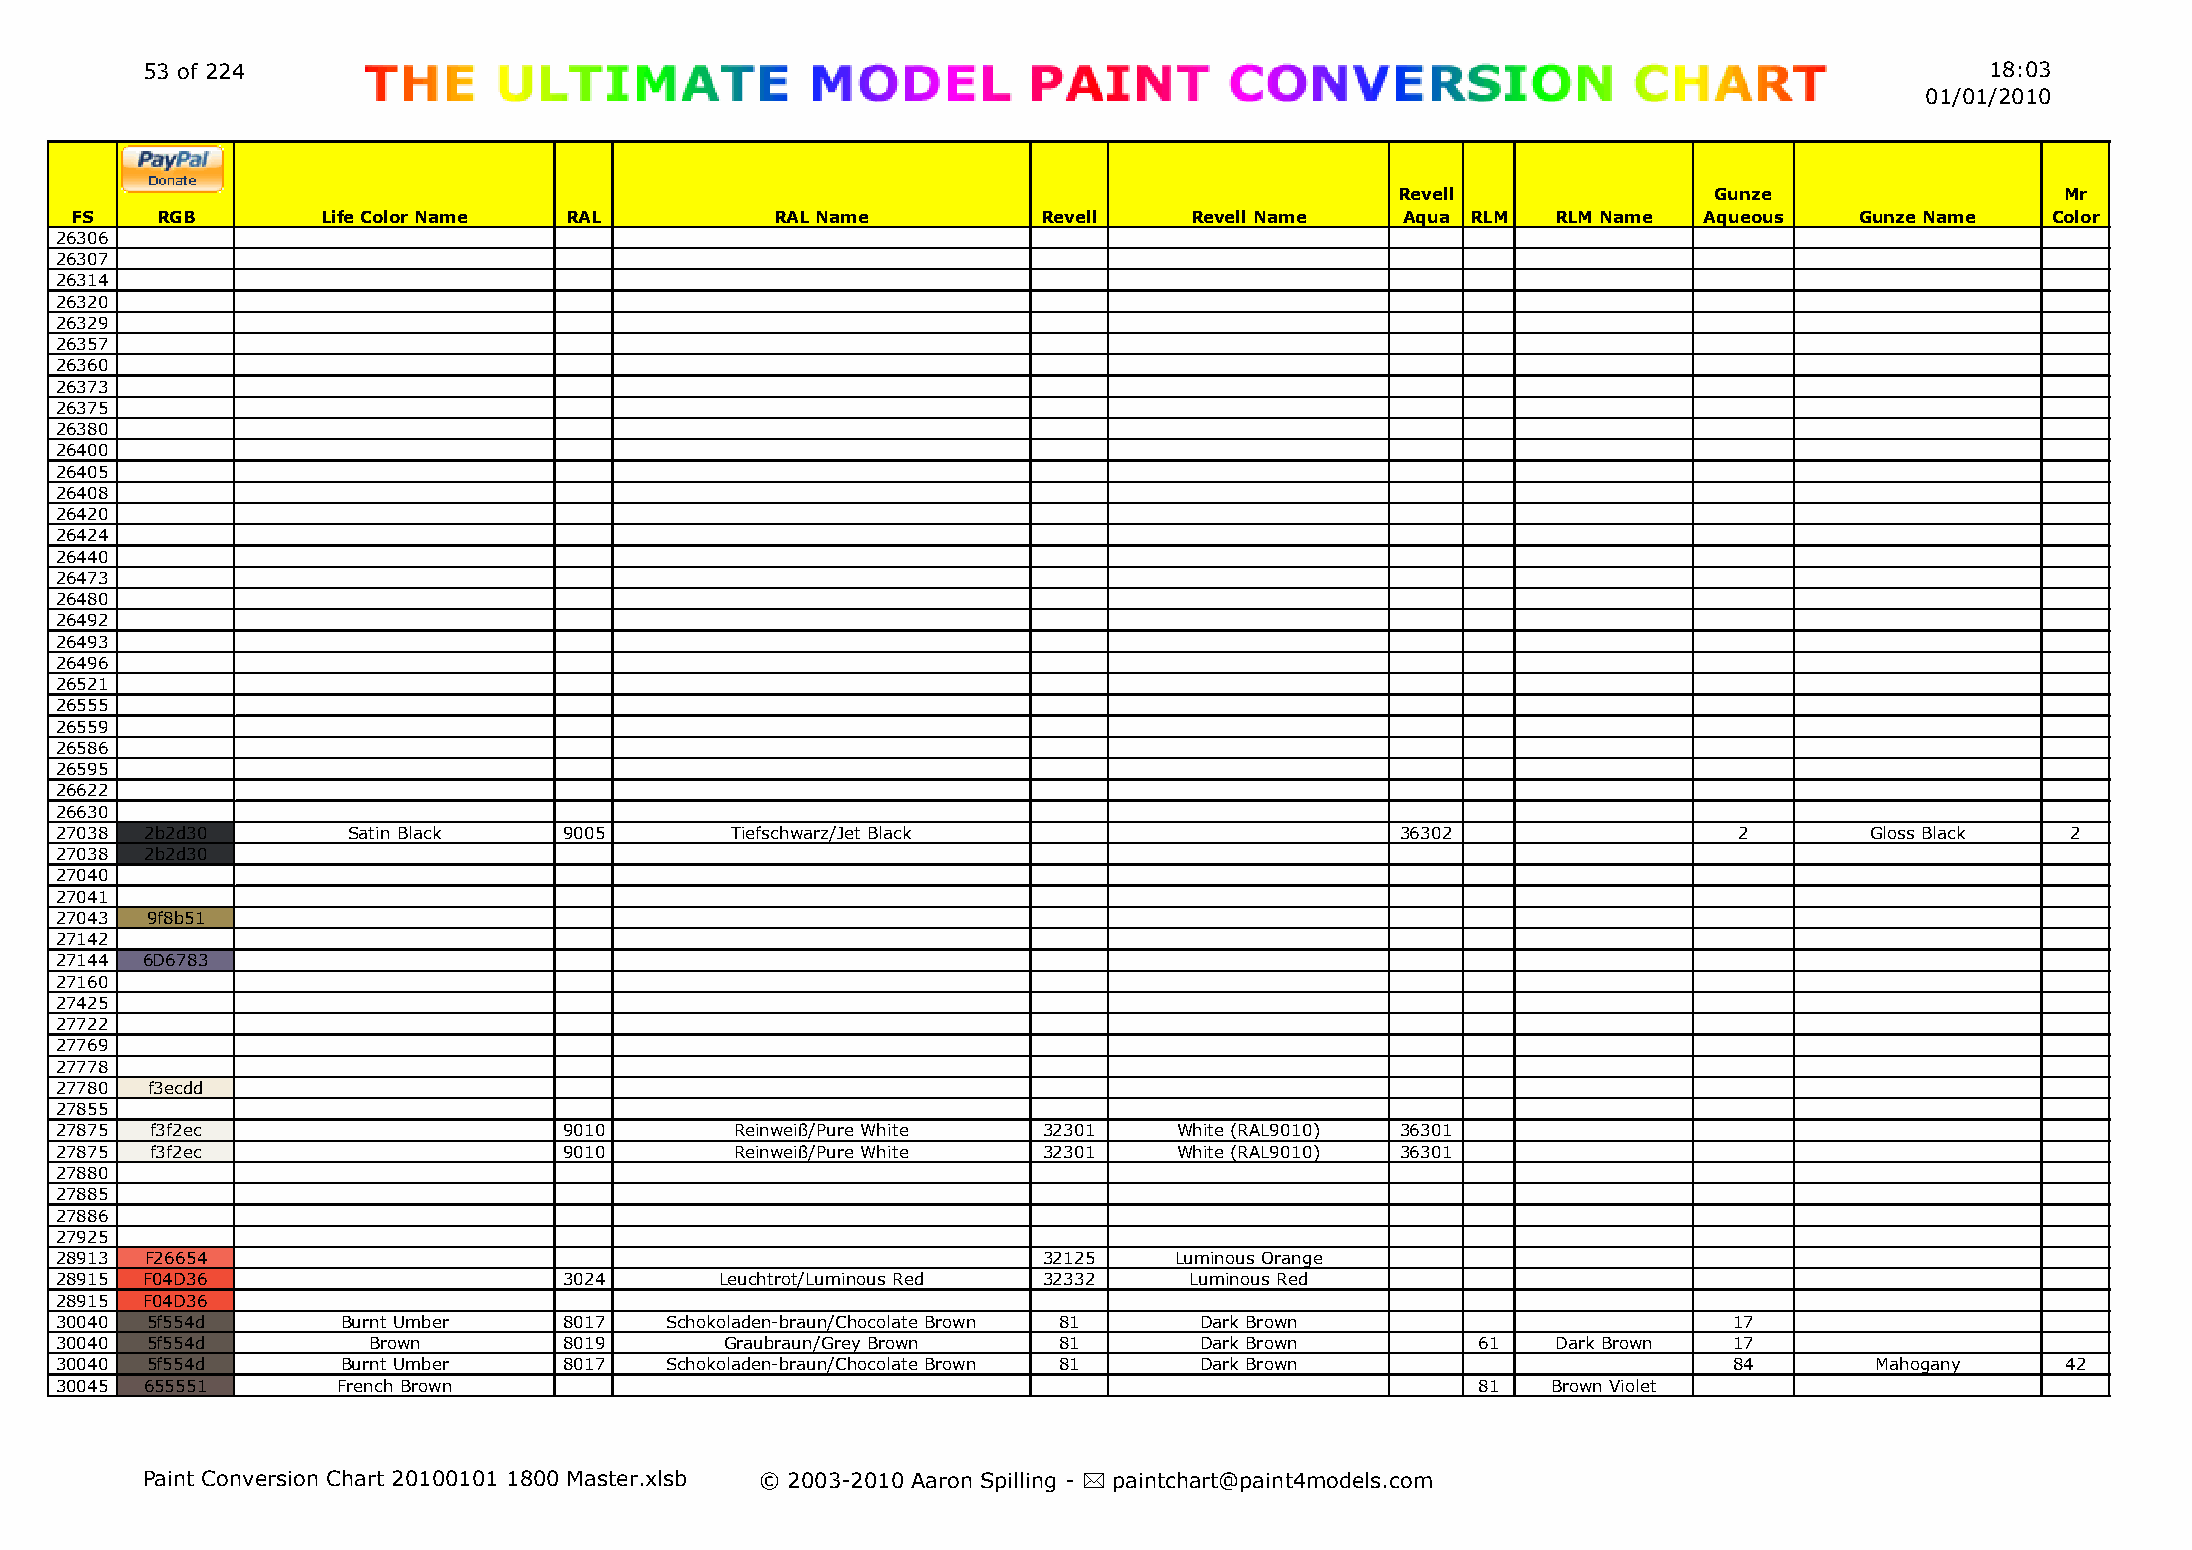
53 of 224                                                                                                                  18:03
 01/01/2010
 Revell              Gunze                   Mr
 FS   RGB        Life Color Name RAL           RAL Name          Revell    Revell Name   Aqua RLM  RLM Name  Aqueous   Gunze Name   Color
 26306
 26307
 26314
 26320
 26329
 26357
 26360
 26373
 26375
 26380
 26400
 26405
 26408
 26420
 26424
 26440
 26473
 26480
 26492
 26493
 26496
 26521
 26555
 26559
 26586
 26595
 26622
 26630
 27038 2b2d30       Satin Black   9005       Tiefschwarz/Jet Black                        36302                 2        Gloss Black  2
 27038 2b2d30
 27040
 27041
 27043 9f8b51
 27142
 27144 6D6783
 27160
 27425
 27722
 27769
 27778
 27780 f3ecdd
 27855
 27875 f3f2ec                     9010        Reinweiß/Pure White 32301    White (RAL9010) 36301
 27875 f3f2ec                     9010        Reinweiß/Pure White 32301    White (RAL9010) 36301
 27880
 27885
 27886
 27925
 28913 F26654                                                     32125    Luminous Orange
 28915 F04D36                     3024       Leuchtrot/Luminous Red 32332   Luminous Red
 28915 F04D36
 30040 5f554d       Burnt Umber   8017   Schokoladen-braun/Chocolate Brown 81 Dark Brown                        17
 30040 5f554d        Brown        8019       Graubraun/Grey Brown  81       Dark Brown         61   Dark Brown  17
 30040 5f554d       Burnt Umber   8017   Schokoladen-braun/Chocolate Brown 81 Dark Brown                        84       Mahogany     42
 30045 655551      French Brown                                                                81   Brown Violet
 Paint Conversion Chart 20100101 1800 Master.xlsb © 2003-2010 Aaron Spilling - * paintchart@paint4models.com